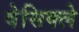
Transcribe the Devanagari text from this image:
वेसिक्ले